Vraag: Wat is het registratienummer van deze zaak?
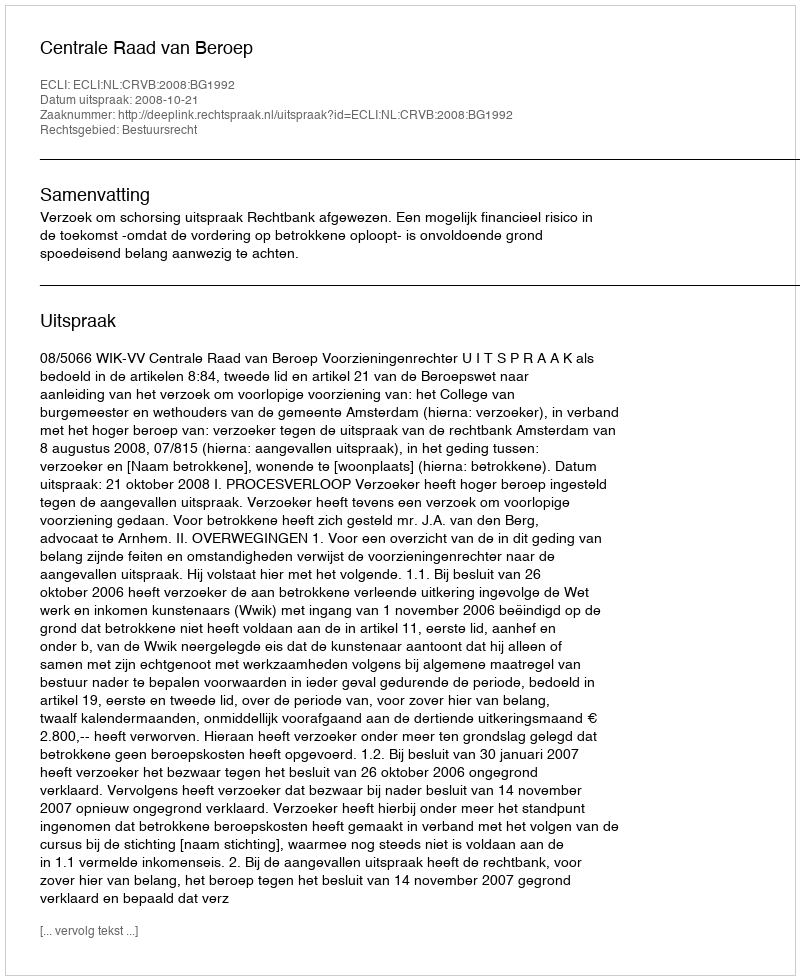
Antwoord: http://deeplink.rechtspraak.nl/uitspraak?id=ECLI:NL:CRVB:2008:BG1992